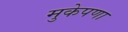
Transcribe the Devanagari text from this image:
मुकेपणा